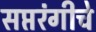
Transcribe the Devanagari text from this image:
सप्तरंगीचे